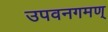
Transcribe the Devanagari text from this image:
उपवनगमण्